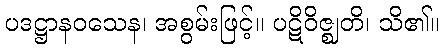
ပဒဋ္ဌာနဝသေန၊ အစွမ်းဖြင့်။ ပဋိဝိဇ္ဈတိ၊ သိ၏။